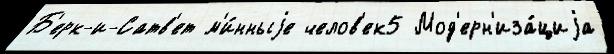
Б'ерк-и-Сатв'ет м'и́нныjе челов'ек5 Мод'ерн'иза́циjа